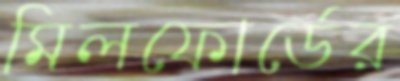
মিলফোর্ডের